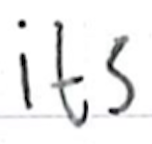
Text: its
Cross-out: clean
Writing tool: ballpoint